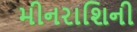
મીનરાશિની